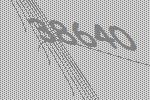
38640